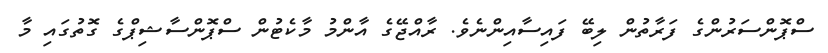
ސްޕޮންސަރުންގެ ފަރާތުން ލިބޭ ފައިސާއިންނެވެ. ރާއްޖޭގެ އާންމު މާކެޓުން ސްޕޮންސާޝިޕްގެ ގޮތުގައި މާ